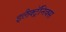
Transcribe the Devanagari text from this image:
इलैक्ट्रॅनिक्स